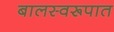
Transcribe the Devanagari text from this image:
बालस्वरूपात